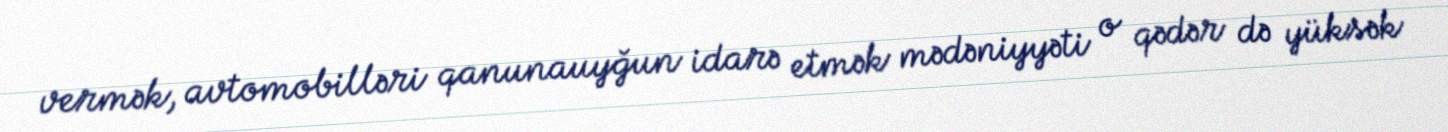
vermək, avtomobilləri qanunauyğun idarə etmək mədəniyyəti o qədər də yüksək